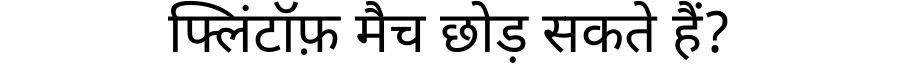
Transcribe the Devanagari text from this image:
फ्लिंटॉफ़ मैच छोड़ सकते हैं?